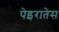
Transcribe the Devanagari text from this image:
पेइरातेस